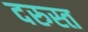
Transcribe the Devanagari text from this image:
दरुस्त